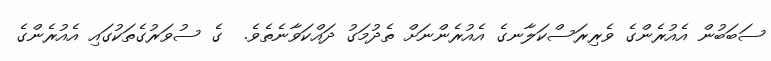
ސަބަބުން އެއުރެންގެ ވެރިރަސްކަލާނގެ އެއުރެންނަށް ތެދުމަގު ދައްކަވާނެތެވެ.  ގެ ސުވަރުގެތަކުގައި އެއުރެންގެ